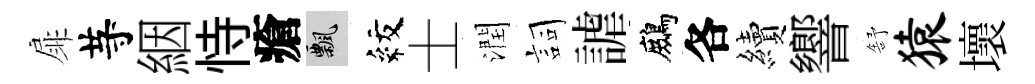
扉䒭絪恃瘡飄紋士潤詞謔鷓各續響舒猿壞